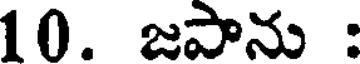
10. జపాను :